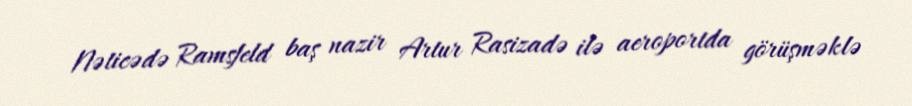
Nəticədə Ramsfeld baş nazir Artur Rasizadə ilə aeroportda görüşməklə